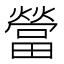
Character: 𰟯